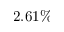
2 . 6 1 \%